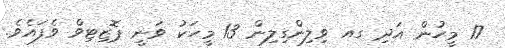
17 މީހުން އަދި ގއ ވިލިންގިލިން 13 މީހަކު ވަނީ ޕޮޒިޓިވް ވެފައެވެ.